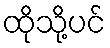
ထိုသို့ပင်